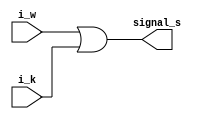
module sprawnosc(i_w,i_k,signal_s);


// i_w - ilosc wody
// i_k - ilo kawy
// i_m - ilo mleka
// m_k - mielenie kawy
// g_w - grzanie_wody

// signal_s - wyjciowy sygna

// deklaracja portw
output signal_s;
input i_w, i_k;

assign signal_s = i_w | i_k ;

endmodule